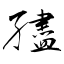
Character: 孻